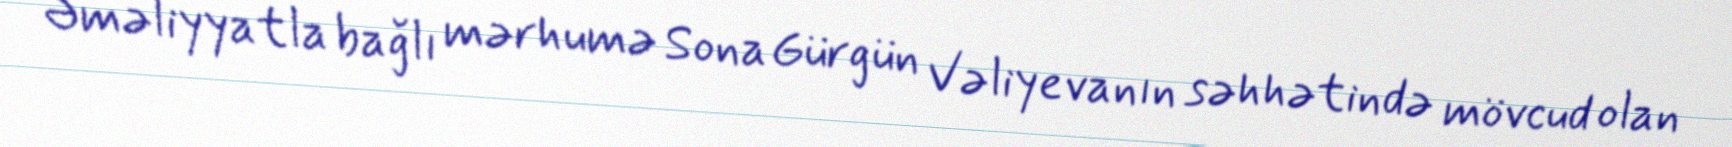
Əməliyyatla bağlı mərhumə Sona Gürgün Vəliyevanın səhhətində mövcud olan